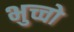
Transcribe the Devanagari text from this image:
भुच्चो